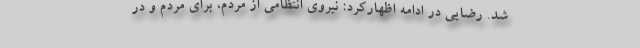
شد. رضایی در ادامه اظهارکرد: نیروی انتظامی از مردم، برای مردم و در